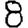
Digit: 8